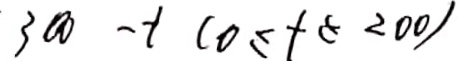
3 0 0 - t ( 0 \leq t \leq 2 0 0 )